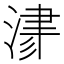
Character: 𣸁